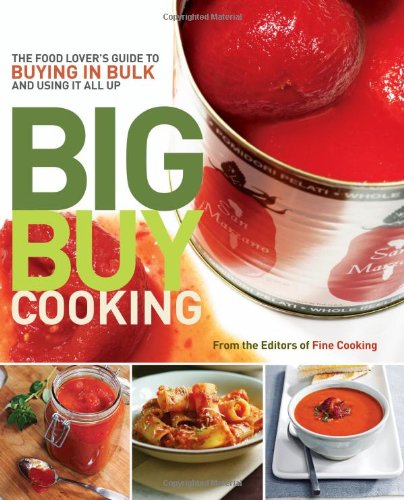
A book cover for Big Buy Cooking: The Food Lover's Guide to Buying in Bulk and Using it All Up; Editors of Fine Cooking; Cookbooks, Food & Wine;